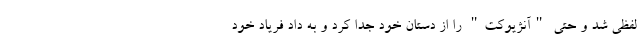
لفظی شد و حتی "آنژیوکت" را از دستان خود جدا کرد و به داد فریاد خود